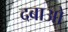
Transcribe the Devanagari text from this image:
दबाओ